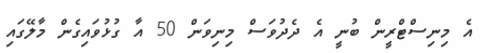
އެ މިނިސްޓްރީން ބުނީ އެ ދެދުވަސް މިނިވަން 50 އާ ގުޅުވައިގެން މާލޭގައި